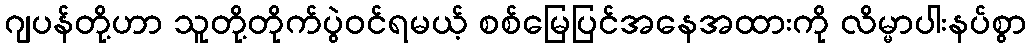
ဂျပန်တို့ဟာ သူတို့တိုက်ပွဲဝင်ရမယ့် စစ်မြေပြင်အနေအထားကို လိမ္မာပါးနပ်စွာ